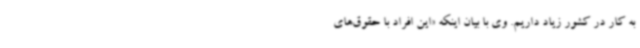
به کار در کشور زیاد داریم. وی با بیان اینکه «این افراد با حقوق‌های